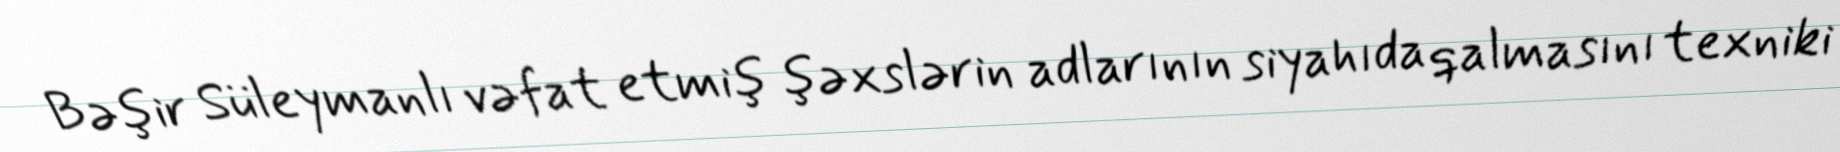
Bəşir Süleymanlı vəfat etmiş şəxslərin adlarının siyahıda qalmasını texniki